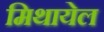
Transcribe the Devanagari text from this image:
मिथायेल